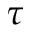
\tau